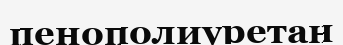
пенополиуретан